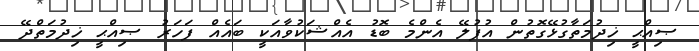
ޞިއްޙީ ޚިދުމަތާގުޅޭގޮތުން އުފުލޭ އެންމެ ބޮޑު އެއްޝަކުވާއަކީ ބައެއް ފަހަރު ޞިއްޙީ ޚިދުމަތްދޭ